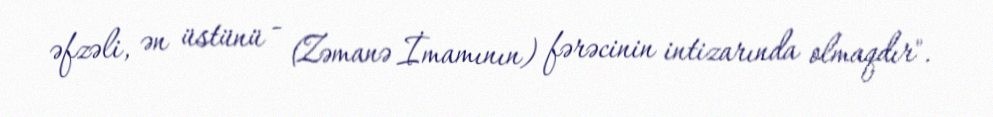
əfzəli, ən üstünü - (Zəmanə İmamının) fərəcinin intizarında olmaqdır".